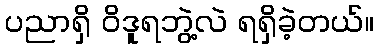
ပညာရှိ ဝိဒူရဘွဲ့လဲ ရရှိခဲ့တယ်။